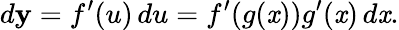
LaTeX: d\mathbf{y}=f^{\prime}(u)\, du=f^{\prime}(g(\mathit{x}))g^{\prime}(\mathit{x})\, d\mathit{x}.